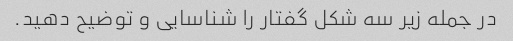
در جمله زیر سه شکل گفتار را شناسایی و توضیح دهید.